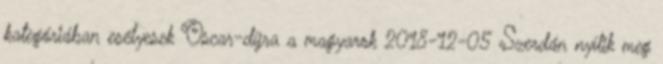
kategóriában esélyesek Oscar-díjra a magyarok 2018-12-05 Szerdán nyílik meg